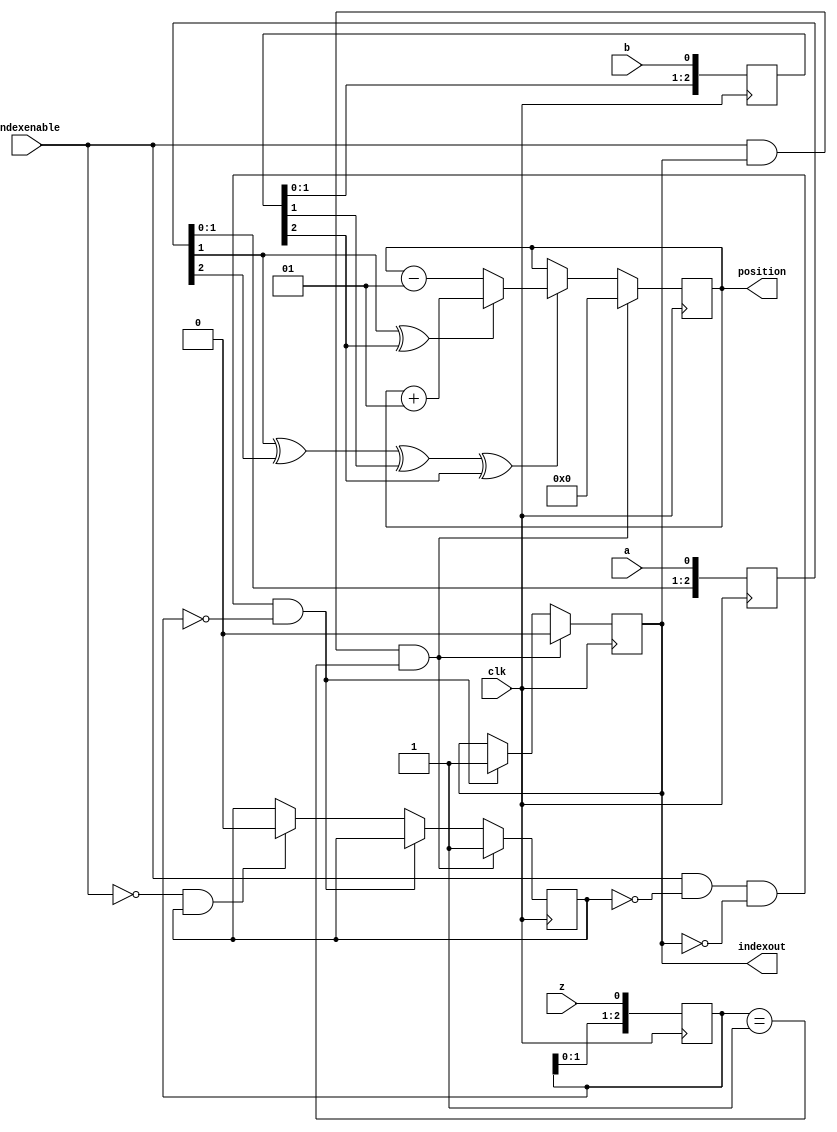
// This program was cloned from: https://github.com/multigcs/riocore
// License: GNU General Public License v2.0


module quadencoderz
    #(
         parameter BITS = 32,
         parameter QUAD_TYPE = 0
     )
     (
         input clk,
         input a,
         input b,
         input z,
         input indexenable,
         output reg indexout = 0,
         output signed [BITS-1:0] position
     );
    reg [2:0] quadA_delayed = 0;
    reg [2:0] quadB_delayed = 0;
    reg [2:0] quadZ_delayed = 0;
    always @(posedge clk) quadA_delayed <= {quadA_delayed[1:0], a};
    always @(posedge clk) quadB_delayed <= {quadB_delayed[1:0], b};
    always @(posedge clk) quadZ_delayed <= {quadZ_delayed[1:0], z};
    wire count_enable = quadA_delayed[1] ^ quadA_delayed[2] ^ quadB_delayed[1] ^ quadB_delayed[2];
    wire count_direction = quadA_delayed[1] ^ quadB_delayed[2];
    reg signed [BITS-1:0] count = 0;
    reg indexwait = 0;
    assign position = $signed(count>>>QUAD_TYPE);
    always @(posedge clk) begin
        if (indexenable == 1 && indexout == 1 && quadZ_delayed == 1) begin
            indexout <= 0;
            count <= 0;
            indexwait <= 1;
        end else begin
            if (indexenable == 1 && indexwait == 0 && indexout == 0 && quadZ_delayed == 0) begin
                indexout <= 1;
            end else if (indexenable == 0 && indexwait == 1) begin
                indexwait <= 0;
            end
            if (count_enable) begin
                if(count_direction) begin
                    count <= count + 1;
                end else begin
                    count <= count - 1;
                end
            end
        end

    end
endmodule